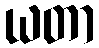
ယတာ